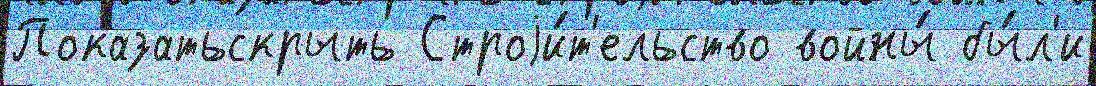
Показатьскрыть Строjи́т'ельство войны́ бы́л'и